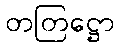
တတြဋ္ဌော